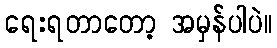
ရေးရတာတော့ အမှန်ပါပဲ။